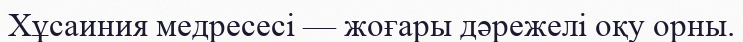
Хұсаиния медресесі — жоғары дәрежелі оқу орны.